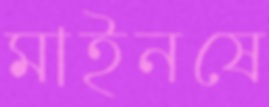
মাইনষে